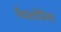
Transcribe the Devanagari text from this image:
पैथालोजिस्ट